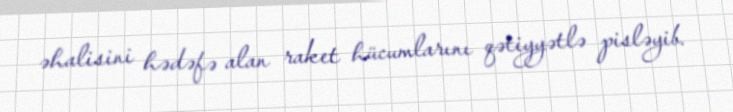
əhalisini hədəfə alan raket hücumlarını qətiyyətlə pisləyib.